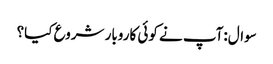
سوال:آپ نے کوئی کاروبار شروع کیا؟